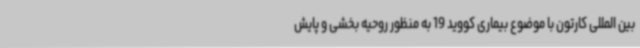
بین المللی کارتون با موضوع بیماری کووید 19 به منظور روحیه بخشی و پایش